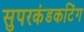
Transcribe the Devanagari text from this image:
सुपरकंडकटिंग